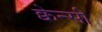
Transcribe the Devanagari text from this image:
क्वेन्सी